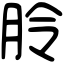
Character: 朎